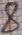
Text: 8